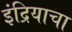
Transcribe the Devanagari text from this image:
इंद्रियाचा